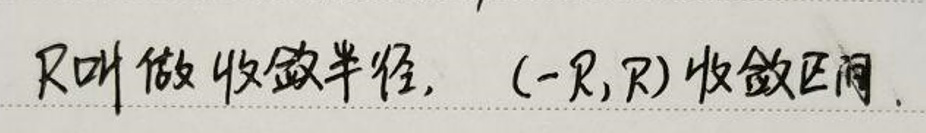
R叫做收敛半径，\((-R,R)\)收敛区间。